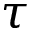
\tau